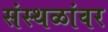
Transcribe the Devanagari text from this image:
संस्थळांवर